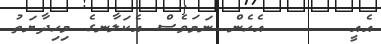
އެއީ      އެހެން ނަމަވެސް އެކަލާނގެ މިހިދާޔަތު